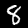
Digit: 8